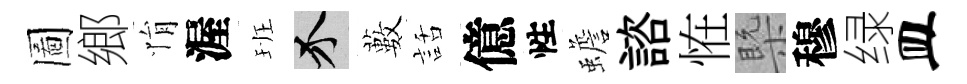
圖鄉悁渥班介藪話億性蟾諮恠槩穆绿皿